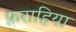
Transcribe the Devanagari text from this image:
फ़राहिया